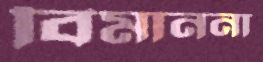
বিমাননা